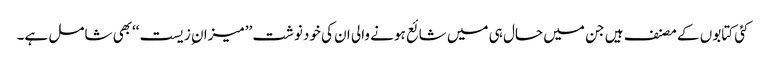
کئی کتابوں کے مصنف ہیں جن میں حال ہی میں شائع ہونے والی ان کی خودنوشت ’’میزان ِزیست‘‘بھی شامل ہے۔